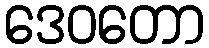
ဒေဝတော